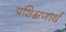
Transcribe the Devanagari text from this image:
प्रशिक्षणार्थ